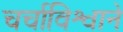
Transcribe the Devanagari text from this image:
चर्चाविश्वाने